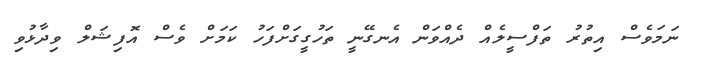
ނަމަވެސް އިތުރު ތަފްސީލެއް ދެއްވަން އެނގޭނީ ތަހުގީގަށްފަހު ކަމަށް ވެސް އޮފިޝަލް ވިދާޅުވި